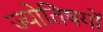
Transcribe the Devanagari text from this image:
ज्योतिषयों